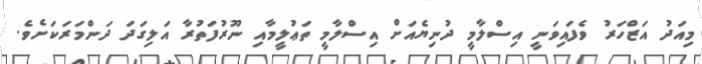
މިއަދު އަޒްހަރު ވެފައިވަނީ އިސްލާމީ ދުނިޔެއަށް އިސްލާމީ ތަޢުލީމާއި ނޫރުފަތުރާ އަލިގަދަ ދަންމަރަކަށެވެ.